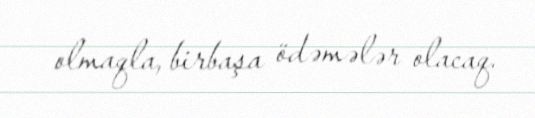
olmaqla, birbaşa ödəmələr olacaq.